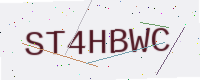
Text: ST4HBWC